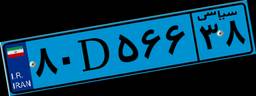
۵۷D۴۰۹۸۵